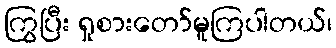
ကြွပြီး ရှုစားတော်မူကြပါတယ်၊